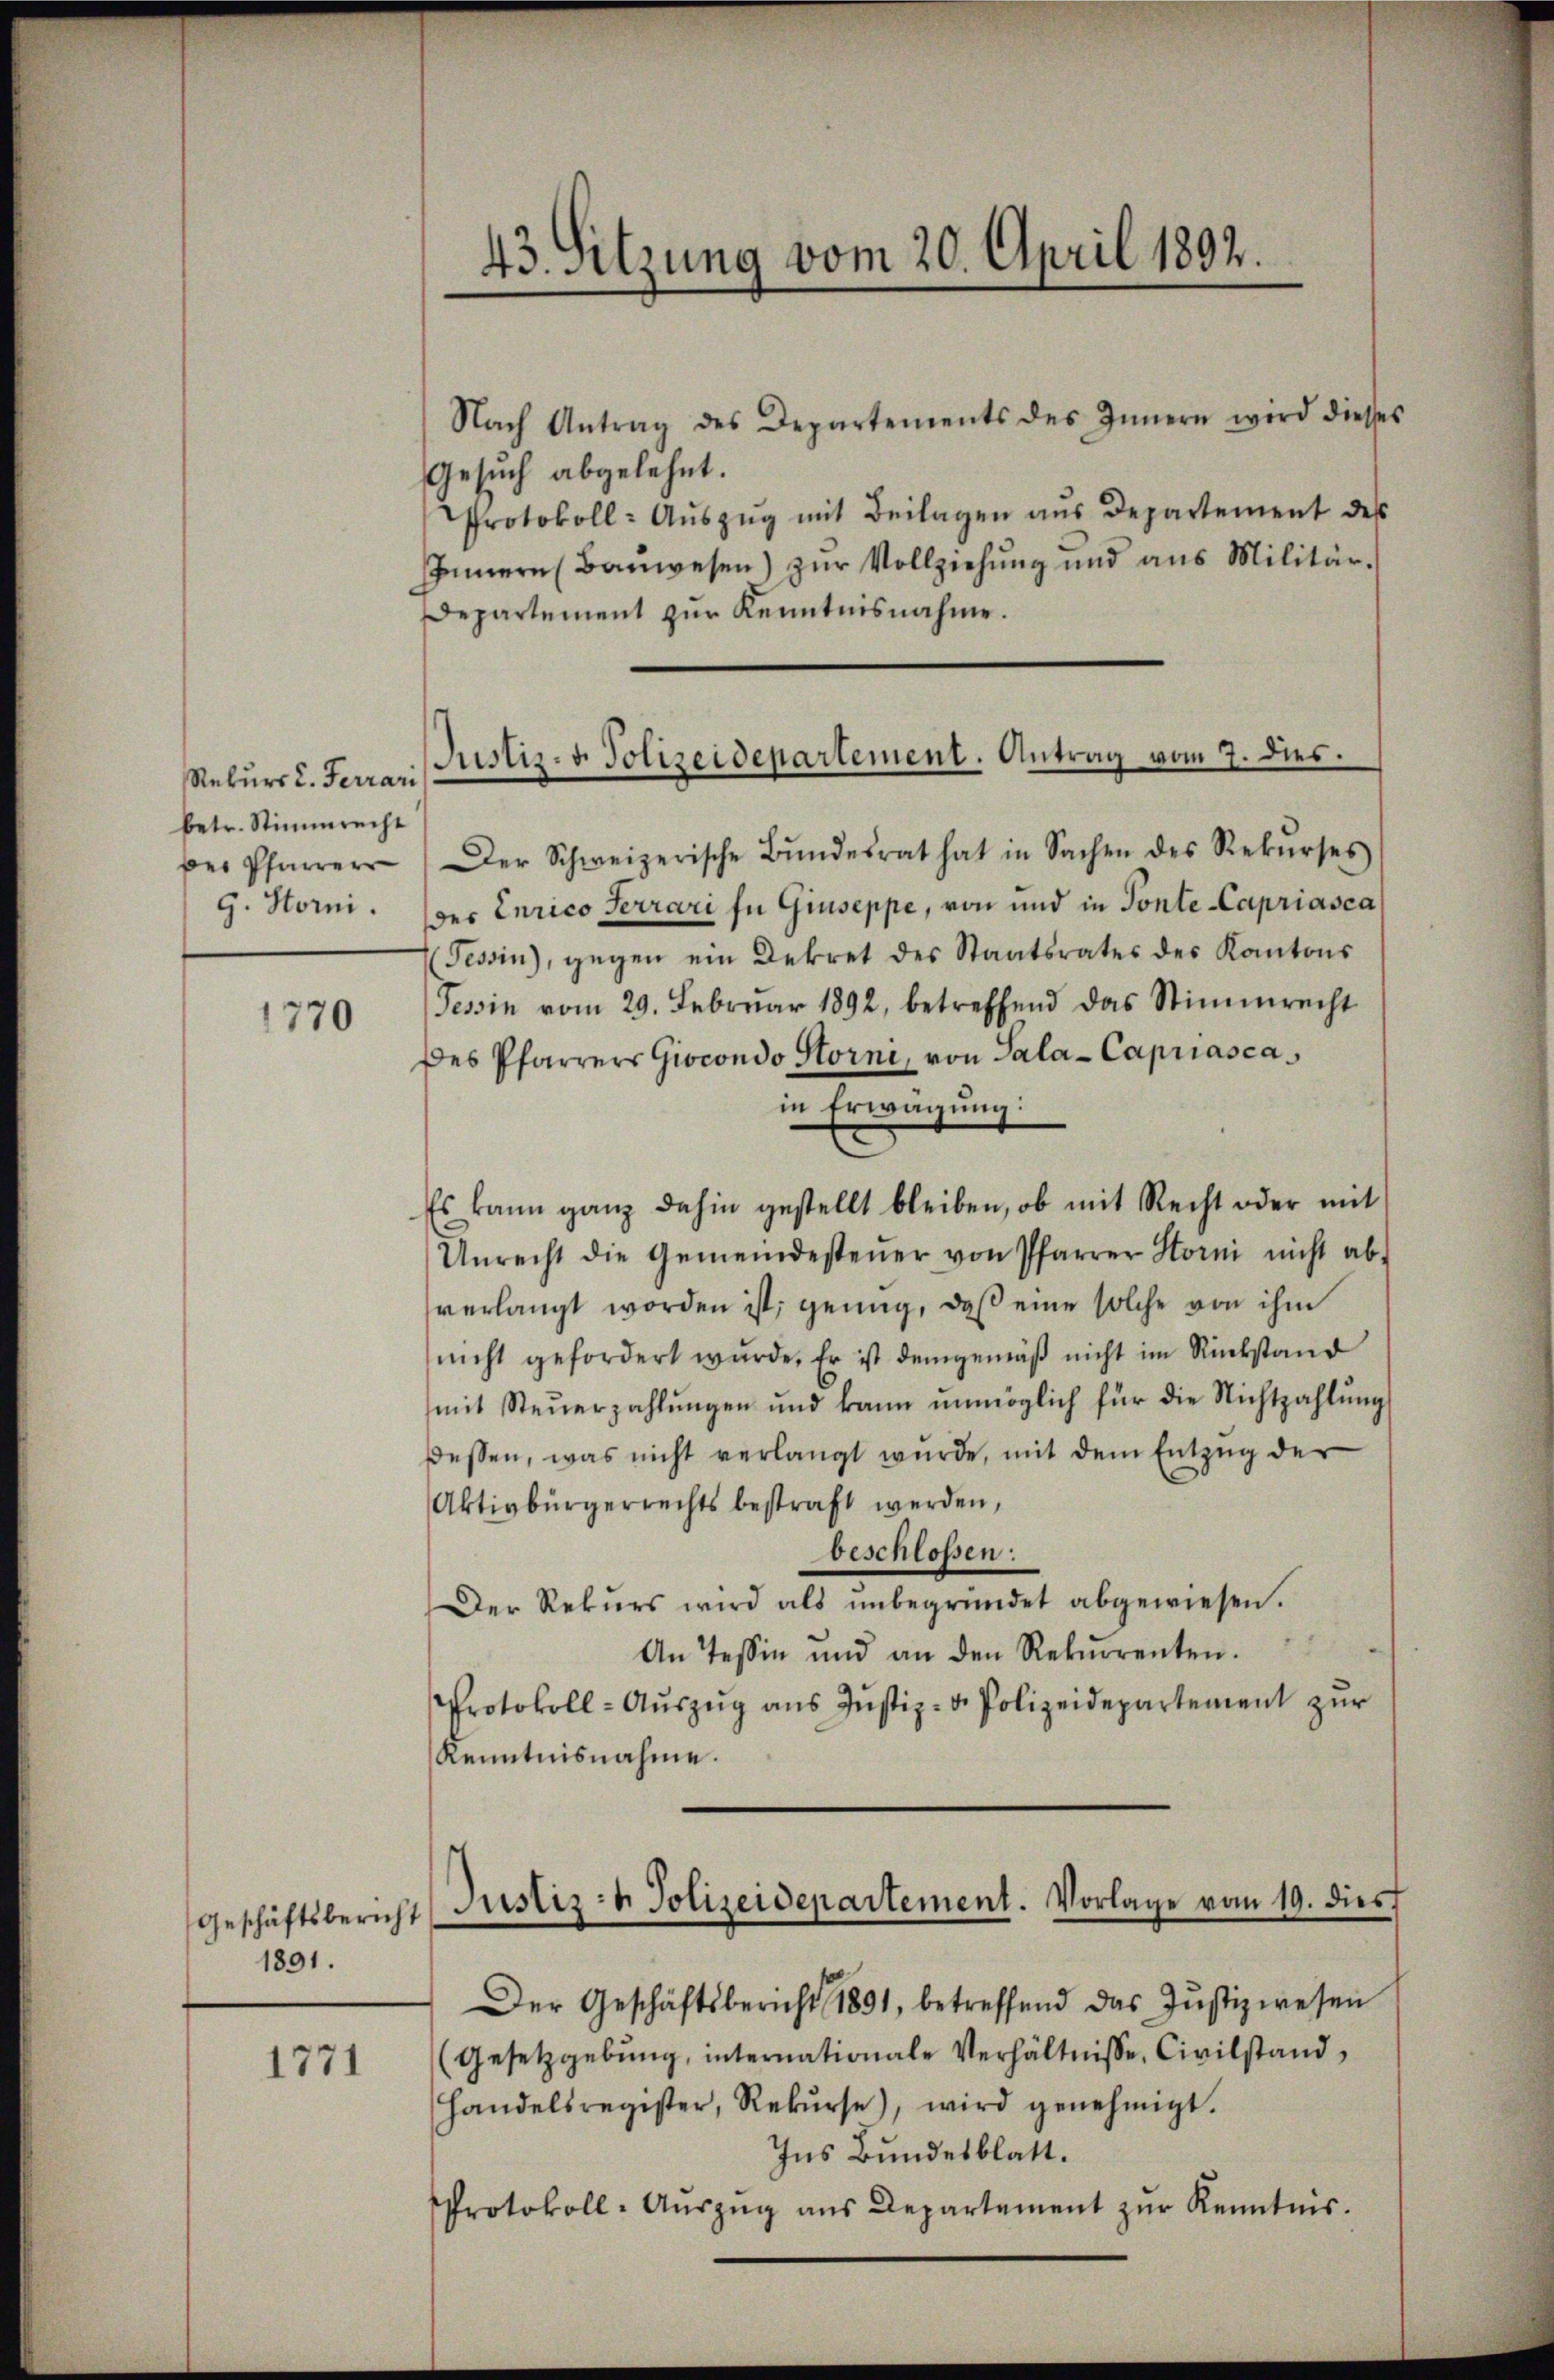
Rekurs C. Ferrari
betr. Stimmrecht
Der Pfarrer
g. Stori.

1770

1891.

1771

43. Sitzung vom 20. April 1892.

Nach Antrag des Departements des Innern wird dieses
Gesuch abgelehnt.
Protokoll- Aŭszŭg mit Beilagen aŭs Departement des
Innern (Bauwesen) zur Vollziehung und aus Militär¬
Departement zŭr Kenntnisnahme.
Der Schweizerische Bŭndesrat hat in Sachen des Rekŭrses
des Curico Terrari in Giuseppe, von und in Ponte-Capriasca
Tessin, gegen ein Dekret des Staatsrates des Kantons
Tessin vom 29. Febrŭar 1892, betreffend das Stimmrecht
des Pfarrers Giocondo Storni, von Sala-Capriascas
in Erwägung:
Es kann ganz dahin gestellt bleiben, ob mit Recht oder mit
Unrecht die Gemeindesteŭer von Pfarrer Storni nicht ab-
verlangt worden ist; genug, daβ eine solche von ihm
nicht gefordert wurde. Er ist demgemäß nicht im Rückstand
mit Steŭerzahlŭngen und kann ŭnmöglich für die Nichtzahlŭng
dessen, was nicht verlangt wŭrde, mit dem Entzŭg der
Aktivbürgerrechts bestraft werden,
beschlossen:
Der Rekŭrs wird als ŭnbegründet abgewiesen.
An Tessin und an den Rekŭrrenten.
Protokoll- Aŭszŭg ans Justiz- & Polizeidepartement zŭr
Kenntnisnahme.

Justiz- & Polizeidepartement. Antrag vom 7. Dies

Geschäftsbericht (Justiz- & Polizeidepartement. Vorlage vom 19. dies

Der Geschäftsbericht 1891, betreffend das Justizwesen
(Gesetzgebung, internationale Verhältnisse, Civilstand,
Handelsregister, Rekŭrse), wird genehmigt.
Ins Bundesblatt.
Protokoll-Aŭszŭg ans Departement zŭr Kenntnis.